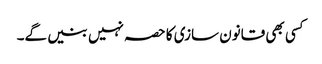
کسی بھی قانون سازی کا حصہ نہیں بنیں گے۔